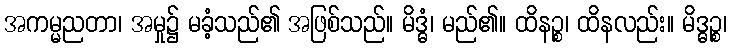
အကမ္မညတာ၊ အမှု၌ မခံ့သည်၏ အဖြစ်သည်။ မိဒ္ဓံ၊ မည်၏။ ထိနဉ္စ၊ ထိနလည်း။ မိဒ္ဓဉ္စ၊